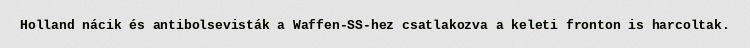
Holland nácik és antibolsevisták a Waffen-SS-hez csatlakozva a keleti fronton is harcoltak.